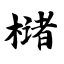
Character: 槠